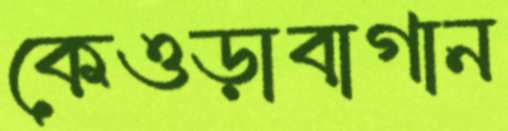
কেওড়াবাগান